Lunatic asylums in Bengal annual reports 1899-1911 - 1899-1911
Year: 1899
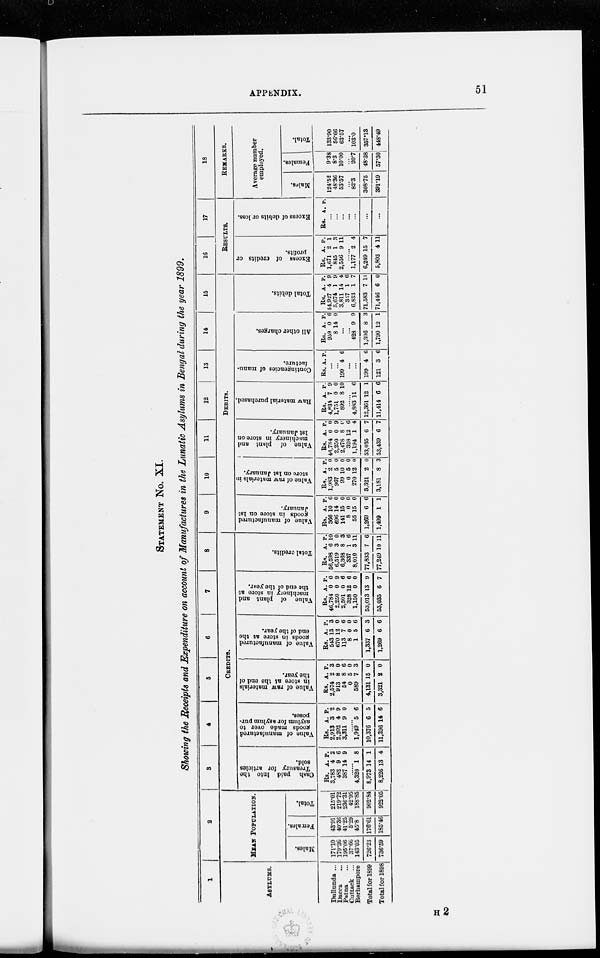
APPENDIX.
51
STATEMENT No. XI.
Showing the Receipts and Expenditure on account of Manufactures in the Lunatic Asylums in Bengal during the year 1899.
1
ASYLUMS.
Dullunda ...
Dacca ...
Patna...
Cuttack
...
Berhampore
Total for 1899
Total for 1898
2
MEAN POPULATION.
Males.
171.10
179.36
195.06
37.66
143.05
726.23
736.59
Females.
43.91
40.36
41.25
5.29
45.8
176.61
185.46
Total.
215.01
219.72
236.31
42.95
188.85
902.84
922.05
3
4
5
6
7
8
CREDITS.
Cash paid Into the
Treasury for articles
sold.
Rs.
3,783
482
387
A.
4
9
14
P.
2
6
9
......
4,320
8,973
8,226
1
14
13
8
1
4
Value of manufactured
goods made over to
asylum for asylum pur¬
poses.
Rs.
2,913
2,202
3,311
A.
3
4
9
P.
2
9
0
......
1,949
10,376
11,396
5
6
14
6
5
6
Value of raw materials
in store at the end of
the year.
Rs.
2,574
913
54
0
589
4,131
3,321
A.
2
8
8
5
7
15
2
P.
3
0
6
0
3
0
0
Value of manufactured
goods in store at the
end of the year.
Rs.
543
670
113
8
1
1,337
1,269
A.
13
12
7
0
5
6
6
P.
3
0
6
0
6
3
6
Value of plant and
machinery in store at
the end of the year.
Rs.
46,784
2,250
2,501
328
1,150
53,013
53,035
A.
0
0
0
12
0
13
6
P.
0
9
6
6
0
9
7
Total credits.
Rs.
56,598
6,519
6,368
337
8,010
77,833
77,249
A.
6
3
8
1
3
7
10
P.
10
0
3
6
11
6
11
9
10
11
12
13
14
15
DEBITS.
Value of manufactured
g oods in store on 1st
January.
Rs.
366
696
141
8
55
1,269
1,499
A.
10
14
15
0
15
6
1
P.
6
0
0
0
0
6
1
Value of raw materials in
store on 1st January.
Rs.
1,983
967
99
0
270
3,321
3,181
A.
2
5
10
5
12
2
8
P.
0
0
0
0
0
0
3
Value of plant and
machinery in store on
1st January.
Rs.
46,784
2,250
2,478
328
1,194
53,035
53,439
A.
0
0
8
12
1
6
6
P.
0
9
0
6
4
7
7
Raw material purchased.
Rs.
4,834
1,751
892
A.
7
0
8
P.
9
0
10
......
4,883
12,361
11,414
11
12
6
6
1
6
Contingencies of manu-
facture.
Rs. A. P.
...
...
199 4 6
...
...
199
121
4
3
6
6
All other charges.
Rs.
959
8
A.
0
14
P.
6
0
...
...
428
1,396
1,790
9
8
12
9
3
1
Total debits.
Rs.
54,927
5,674
3,811
337
6,833
71,583
71,446
A.
4
1
14
1
1
7
6
P.
9
9
4
6
7
11
0
16
17
RESULTS.
Excess of credits or
profits.
Rs.
1,671
845
2,556
A.
2
1
9
P.
1
8
11
......
1,177
6,249
5,803
2
15
4
4
7
11
Excess of debits or loss.
Rs. A. P.
...
...
...
...
...
...
...
18
REMARKS.
Average number
employed.
Males.
124.52
48.36
53.57
...
82.3
308.75
391.19
Females.
9.38
8.3
10.00
...
20.7
48.38
57.30
Total.
133.90
56.66
63.57
...
103.0
357.13
448.49
H 2